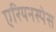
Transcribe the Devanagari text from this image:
एरियनस्पेस